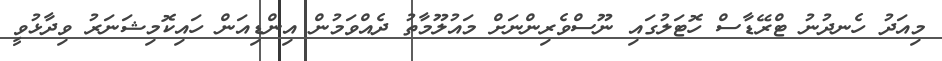
މިއަދު ހެނދުނު ޓްރޭޑާސް ހޮޓަލުގައި ނޫސްވެރިންނަށް މައުލޫމާތު ދެއްވަމުން އިންޑިއަން ހައިކޮމިޝަނަރު ވިދާޅުވީ